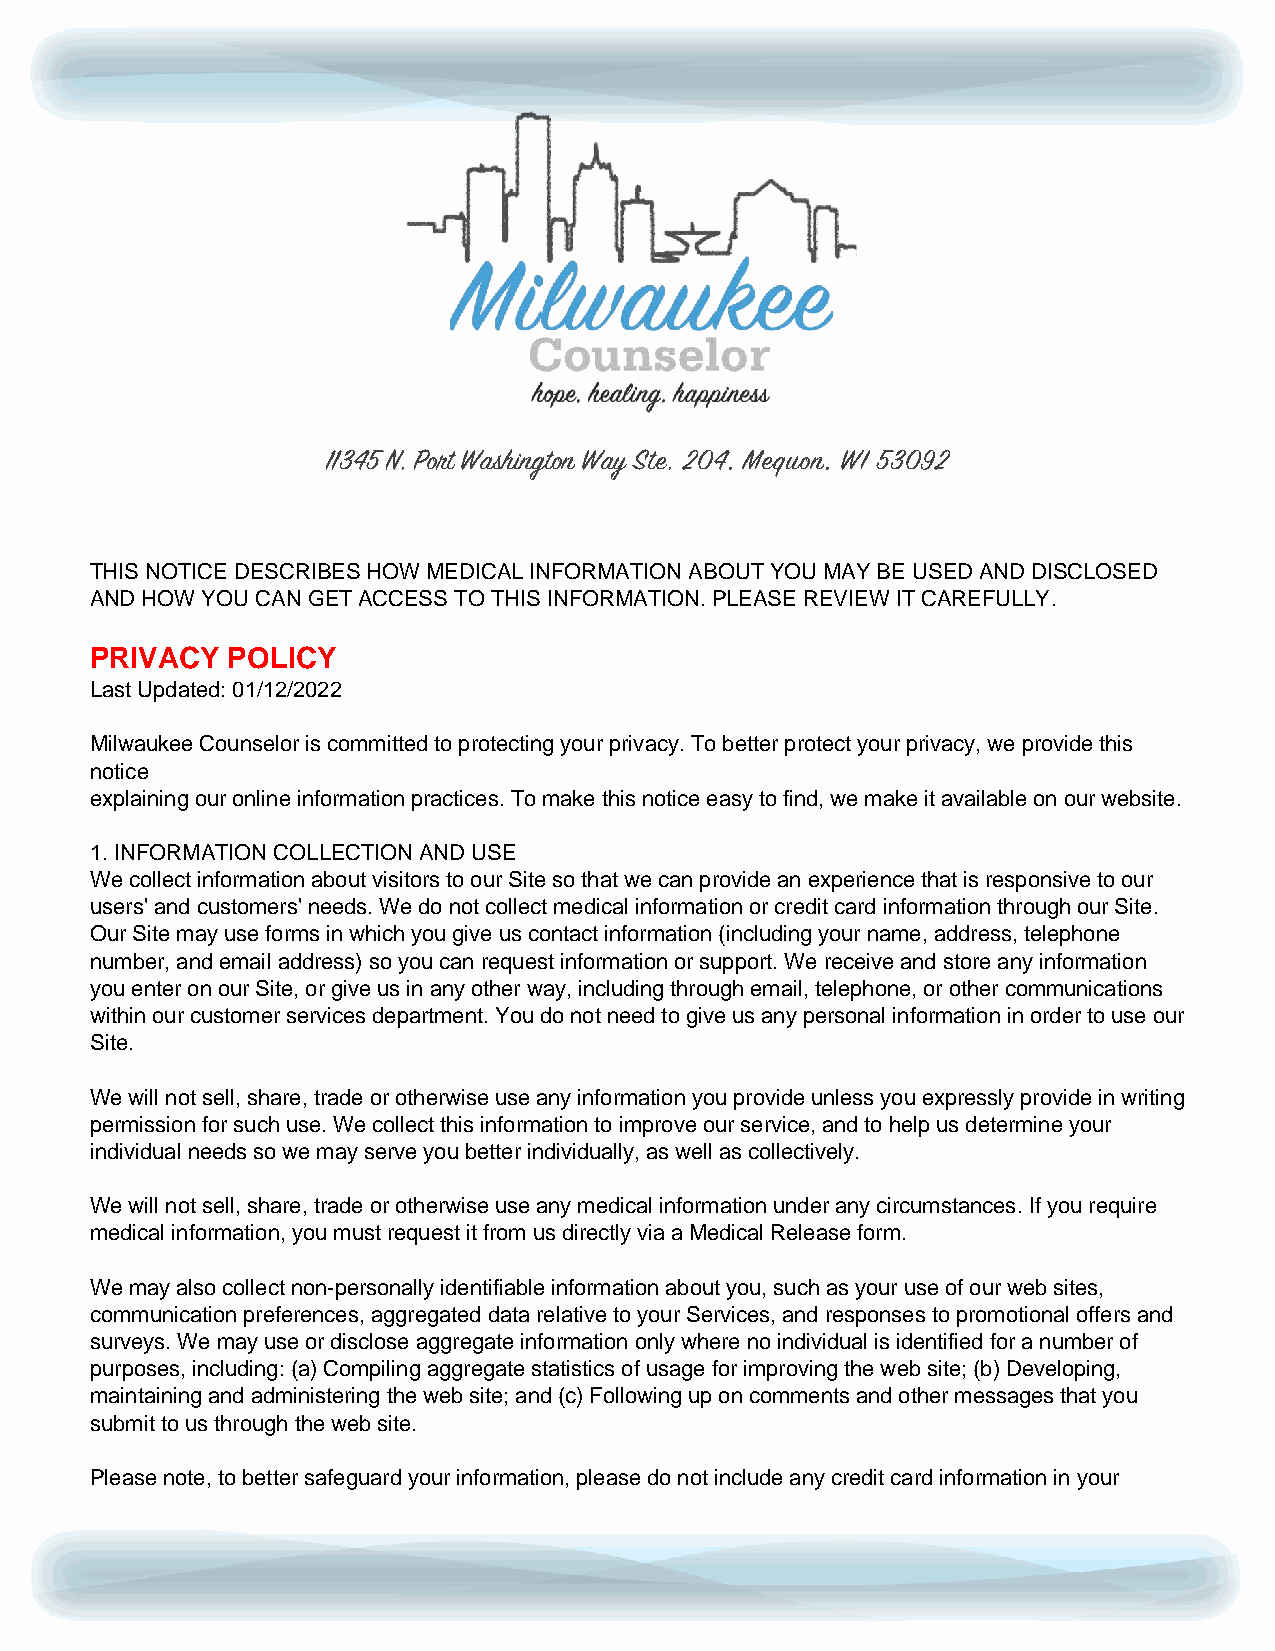
11345 N. Port Washington Way Ste. 204, Mequon, WI 53092
 THIS NOTICE DESCRIBES HOW MEDICAL INFORMATION ABOUT YOU MAY BE USED AND DISCLOSED
 AND HOW YOU CAN GET ACCESS TO THIS INFORMATION. PLEASE REVIEW IT CAREFULLY.
 PRIVACY  POLICY
 Last Updated: 01/12/2022
 Milwaukee Counselor is committed to protecting your privacy. To better protect your privacy, we provide this
 notice
 explaining our online information practices. To make this notice easy to find, we make it available on our website.
 1. INFORMATION COLLECTION AND USE
 We collect information about visitors to our Site so that we can provide an experience that is responsive to our
 users' and customers' needs. We do not collect medical information or credit card information through our Site.
 Our Site may use forms in which you give us contact information (including your name, address, telephone
 number, and email address) so you can request information or support. We receive and store any information
 you enter on our Site, or give us in any other way, including through email, telephone, or other communications
 within our customer services department. You do not need to give us any personal information in order to use our
 Site.
 We will not sell, share, trade or otherwise use any information you provide unless you expressly provide in writing
 permission for such use. We collect this information to improve our service, and to help us determine your
 individual needs so we may serve you better individually, as well as collectively.
 We will not sell, share, trade or otherwise use any medical information under any circumstances. If you require
 medical information, you must request it from us directly via a Medical Release form.
 We may also collect non-personally identifiable information about you, such as your use of our web sites,
 communication preferences, aggregated data relative to your Services, and responses to promotional offers and
 surveys. We may use or disclose aggregate information only where no individual is identified for a number of
 purposes, including: (a) Compiling aggregate statistics of usage for improving the web site; (b) Developing,
 maintaining and administering the web site; and (c) Following up on comments and other messages that you
 submit to us through the web site.
 Please note, to better safeguard your information, please do not include any credit card information in your